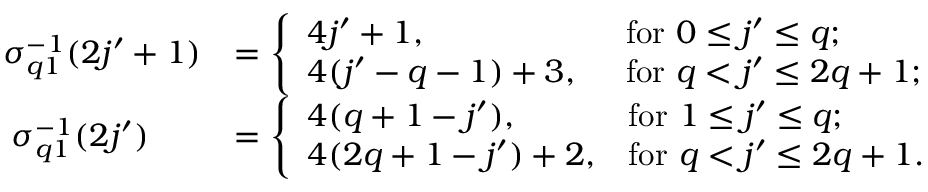
\begin{array} { r l } { \sigma _ { q 1 } ^ { - 1 } ( 2 j ^ { \prime } + 1 ) } & { = \left\{ \begin{array} { l l } { 4 j ^ { \prime } + 1 , } & { \mathrm { f o r ~ } 0 \leq j ^ { \prime } \leq q ; } \\ { 4 ( j ^ { \prime } - q - 1 ) + 3 , \phantom { i } } & { \mathrm { f o r ~ } q < j ^ { \prime } \leq 2 q + 1 ; } \end{array} \right. } \\ { \sigma _ { q 1 } ^ { - 1 } ( 2 j ^ { \prime } ) \quad \ \; } & { = \left\{ \begin{array} { l l } { 4 ( q + 1 - j ^ { \prime } ) , } & { \mathrm { f o r ~ } 1 \leq j ^ { \prime } \leq q ; } \\ { 4 ( 2 q + 1 - j ^ { \prime } ) + 2 , } & { \mathrm { f o r ~ } q < j ^ { \prime } \leq 2 q + 1 . } \end{array} \right. } \end{array}